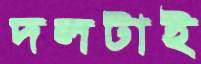
দলটাই